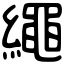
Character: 繩